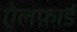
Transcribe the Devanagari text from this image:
ऐलफ़ार्ड